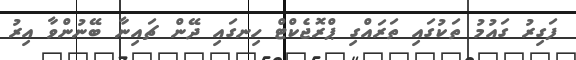
ފަގިރު ގައުމު ތަކުގައި ތަރައްގި ޕްރޮޖެކްޓް ހިނގައި ދޭން ޗައިނާ ބޭނުންވާ އިރު